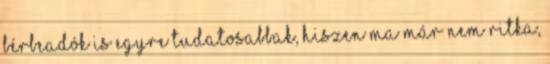
bérbeadók is egyre tudatosabbak, hiszen ma már nem ritka,